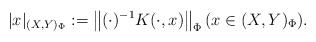
\begin{align*}|x|_{(X,Y)_\Phi}:=\left\| (\cdot)^{-1}K(\cdot, x) \right\|_\Phi (x\in {(X,Y)_\Phi}).\end{align*}